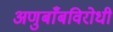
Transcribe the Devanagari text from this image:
अणुबाँबविरोधी